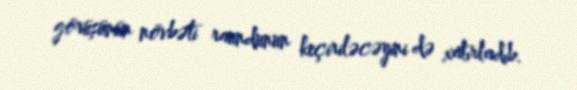
görüşünün növbəti raundunun keçiriləcəyini də xatırladıb.